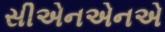
સીએનએનએ